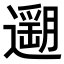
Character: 𨗽